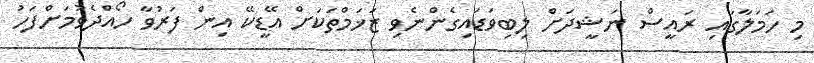
މި ހަމަލާގައި ރައީސް ނަޝީދަށް ލިބިވަޑައިގެންނެވި ޒަޚަމްތަކަށް އޭޑީކޭ އިން ފަރުވާ ހޯއްދެވުމަށްފަހު